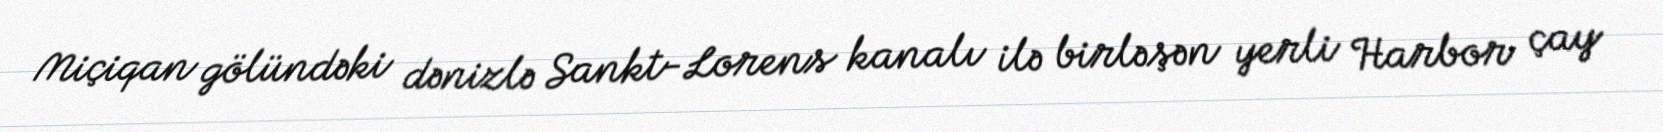
Miçiqan gölündəki dənizlə Sankt-Lorens kanalı ilə birləşən yerli Harbor çay